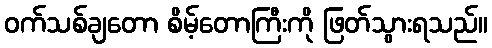
ဝက်သစ်ချတော စိမ့်တောကြီးကို ဖြတ်သွားရသည်။